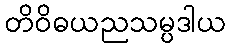
တိဝိဓယညသမ္ပဒါယ